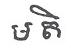
មតិ